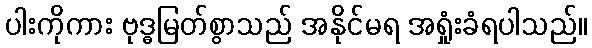
ပါးကိုကား ဗုဒ္ဓမြတ်စွာသည် အနိုင်မရ အရှုံးခံရပါသည်။